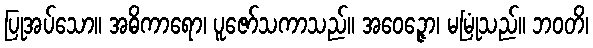
ပြုအပ်သော။ အဓိကာရော၊ ပူဇော်သကာသည်။ အဝေဉ္ဇော၊ မမြုံသည်။ ဘဝတိ၊